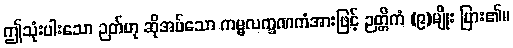
ဤသုံးပါးသော ဉတ်ဟု ဆိုအပ်သော ကမ္မလက္ခဏကံအားဖြင့် ဉတ္တိကံ (၉)မျိုး ပြား၏။